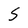
Character: S